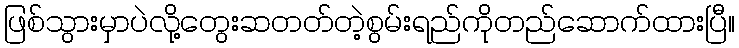
ဖြစ်သွားမှာပဲလို့တွေးဆတတ်တဲ့စွမ်းရည်ကိုတည်ဆောက်ထားပြီ။